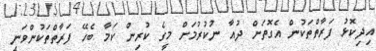
އިދިކޮޅު ފަރާތްތަކުން އެގޮތަށް ދުއާ ނުކުރުމަށް މީގެ ކުރިން ކަމާ ބެހޭ ފަރާތްތަކުންވަނީ